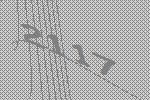
2117